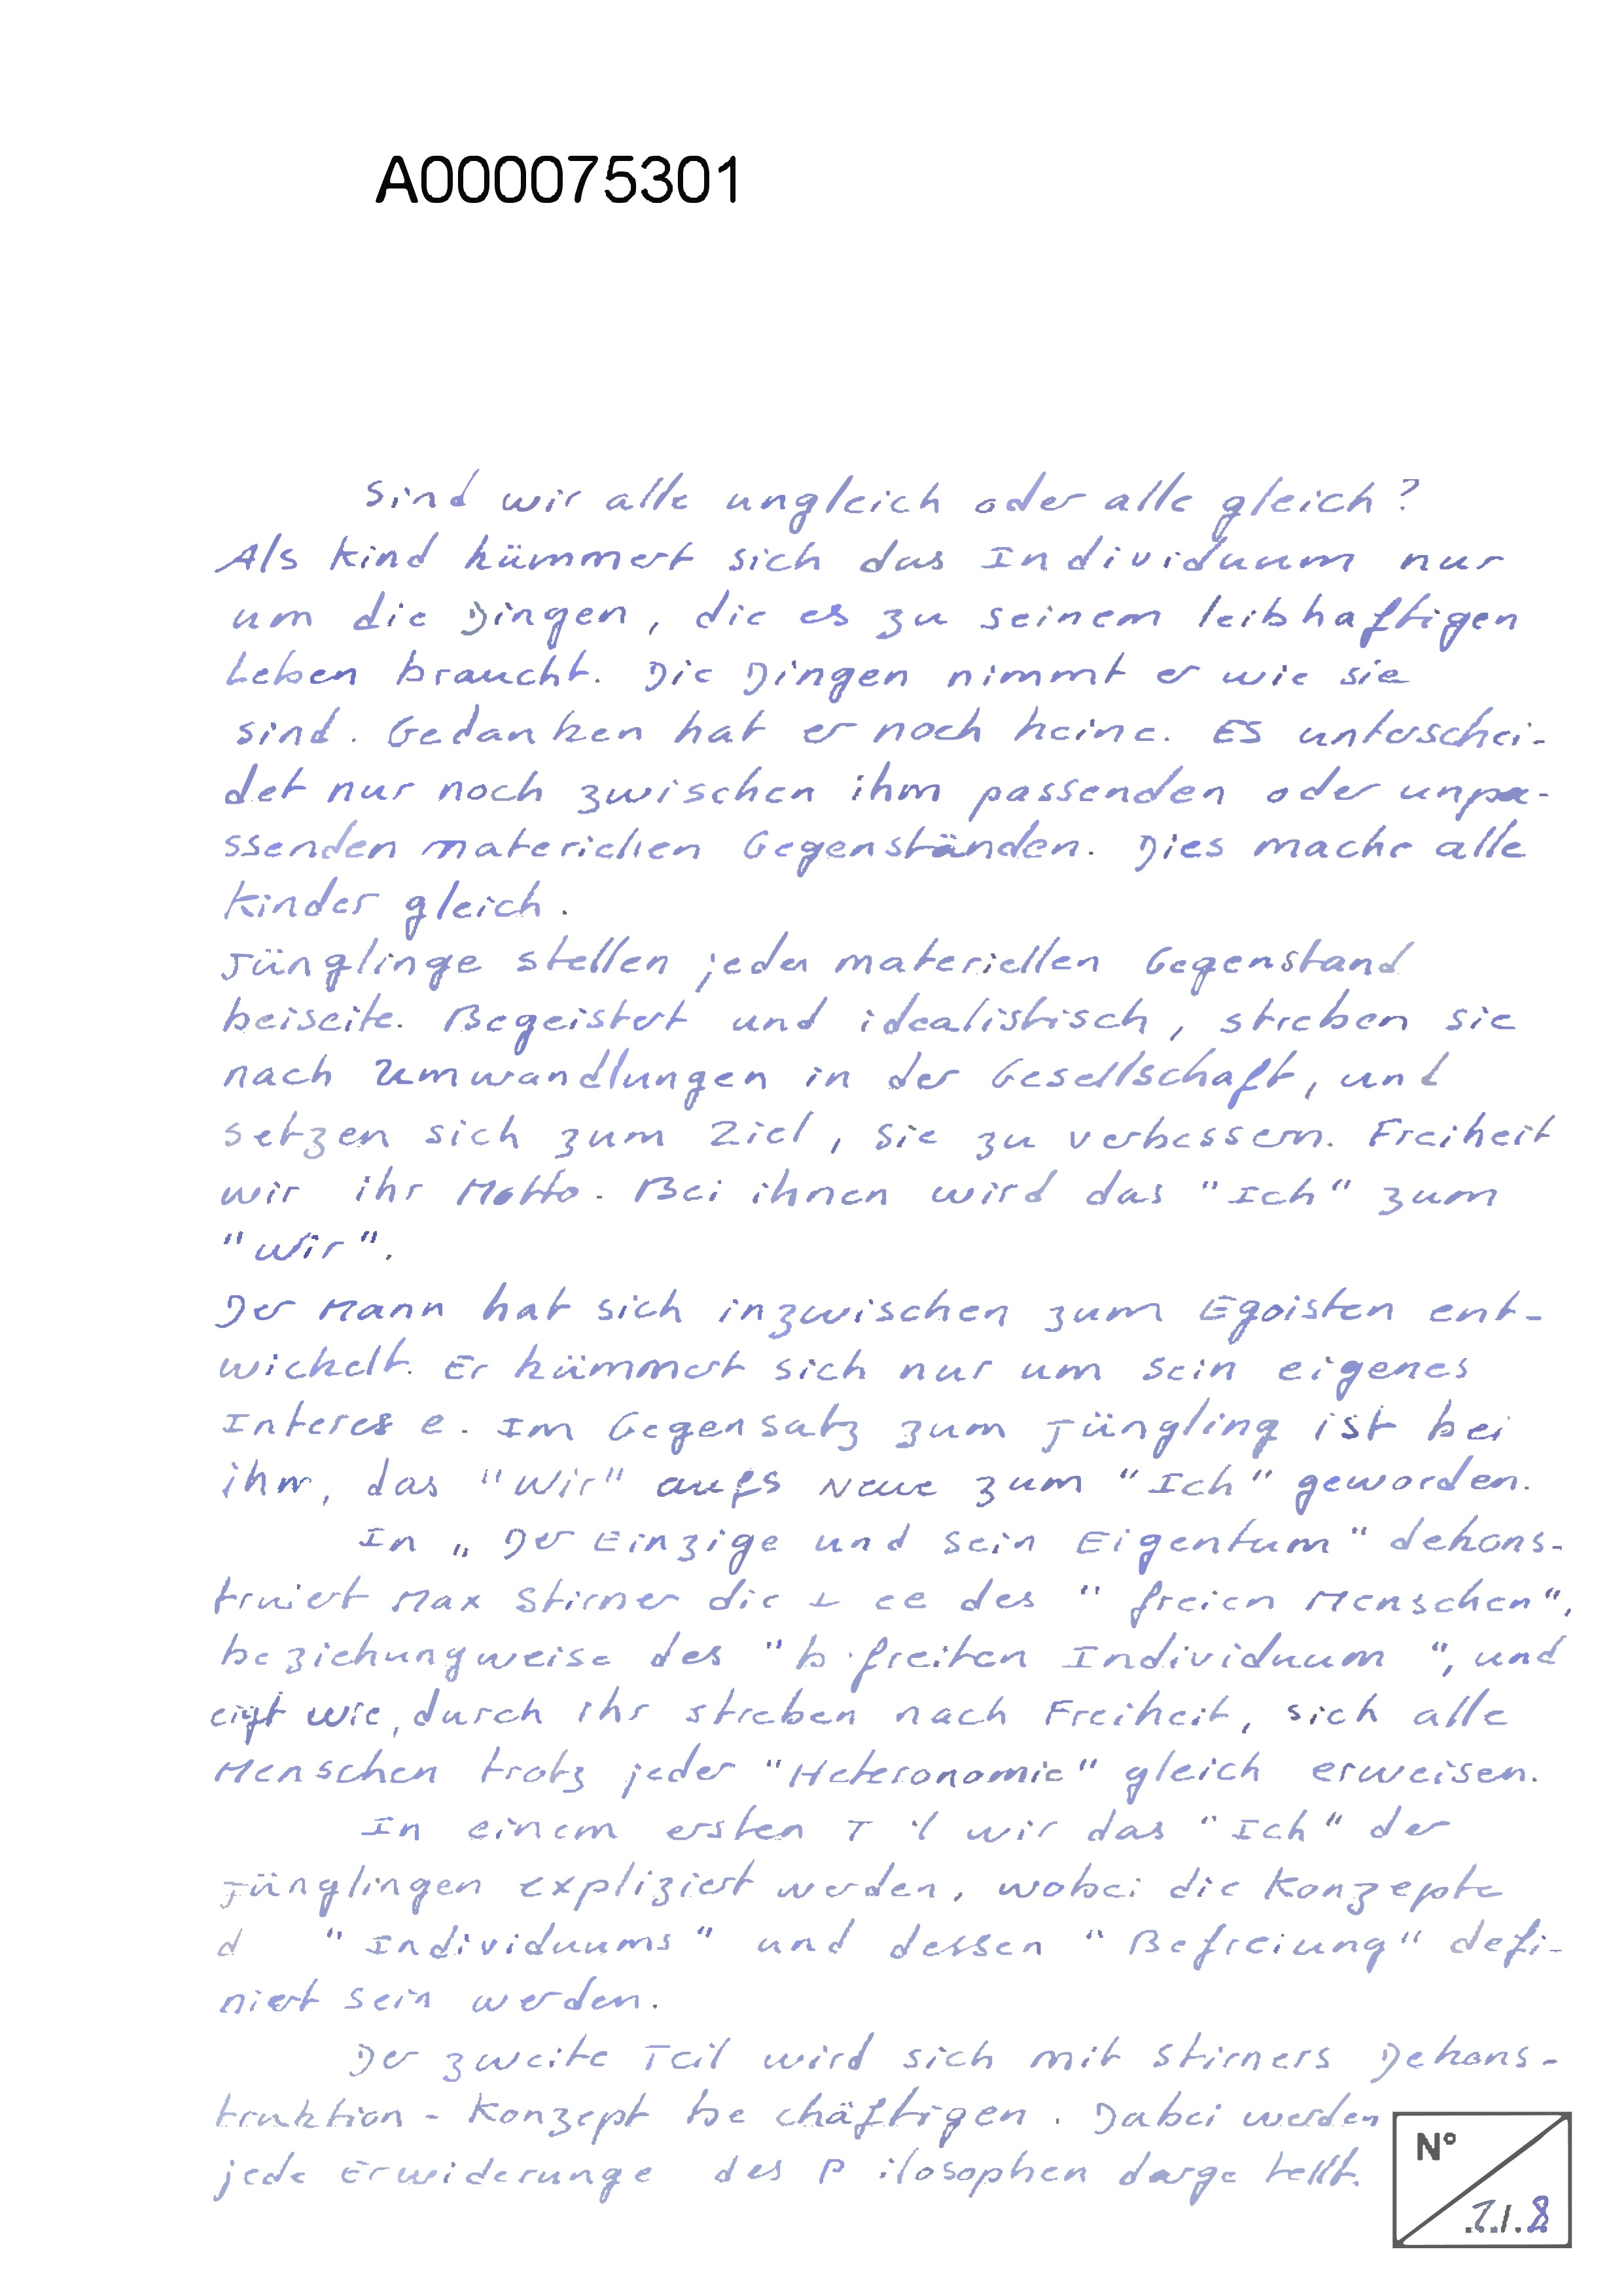
2000075301
sind wir alle ungleich oder alle gleich?
Als Kind kümmert sich das Individaum nur
vm die Singen, die es zu seinem Teibshaftigen
Leben braucht. Die Jingen nimmt er wie sie
sind. Gedanken hat er noch keine. Es unterschei¬
det nur noch zwischen ihm passenden oder unpa¬
ssenden materichen Gegenständen. Dies mache alle
Kinder gleich
Tünglinge stellen jeder materiellen Gegenstand
beiseite. Begeistert und idealistisch, stieben sie
nach umwändlungen in der Gesellschaft, unt
setzen sich zum Ziel, sie zu verbessem. Freiheit
wir ihr Motto. Bei ihnen wird das "Ich" zum
Wir"
Der Mann hat sich inzwischen zum Egoisten ent¬
wickelt. Er kümmert sich nur um Sein eigenes
Interex e. Im Gegensatz zum Jüngling ist bei
iho das " Wird anfs Neue zum "Ich" geworden.
In "Der Einzige und sein Eigentum" Sekons¬
fruiert Max Stirner die – ie des "freien Menschen"
beziehungweise des "B freiten Individuum "und
eigt wie durch ihr streben nach Freihert, sich alle
Menschen trotz jeder "Heteronomie" gleich erweisen.
In einem ersten Tl wir das "Ich" der
Fünglingen Expliziert werden, Wobei die Konzepte
dFadividuums" und dessen "Befreiung" defi¬
siert sein werden.
Der zweite Feil wird sich mit Stirners Dehons¬
truktion- Konzept be chäftigen. Dabei werden
N6
jede Erweiderunge des P ilosophen darge tellt.
21.3